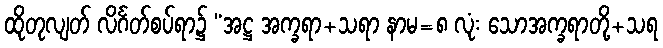
ထိုတုလျတ် လိင်္ဂတ်စပ်ရာ၌ “အဋ္ဌ အက္ခရာ+သရာ နာမ=၈ လုံး သောအက္ခရာတို့+သရ